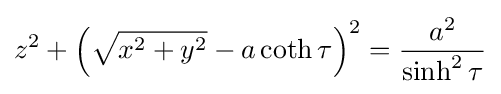
z^{2}+\left({\sqrt {x^{2}+y^{2}}}-a\coth \tau \right)^{2}={\frac {a^{2}}{\sinh ^{2}\tau }}